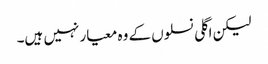
لیکن اگلی نسلوں کے وہ معیار نہیں ہیں۔